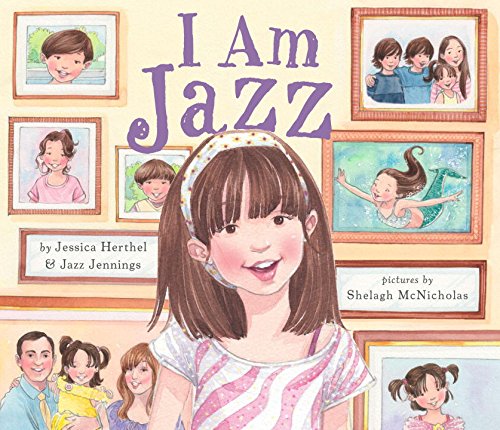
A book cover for I Am Jazz; Jessica Herthel; Gay & Lesbian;